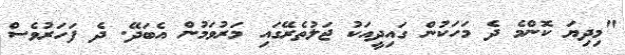
"މިދިޔަ ކޮންމެ ދެ މަހަކުން ގައިދީއަކު ޖަލުތެރޭގައި މަރުވަމުން އެބަދޭ. ދެ ފަަހަރުވެސް